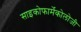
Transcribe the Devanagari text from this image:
साइकोफार्मेकोलोजी